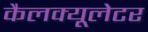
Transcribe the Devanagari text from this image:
कैलक्यूलेटर